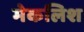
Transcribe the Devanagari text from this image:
मेकलिश